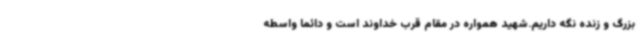
بزرگ و زنده نگه داریم.شهید همواره در مقام قرب خداوند است و دائما واسطه